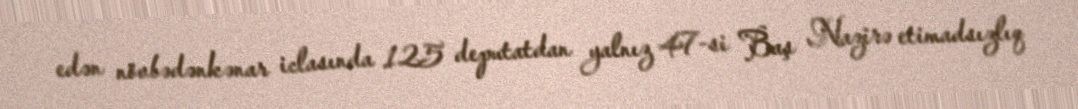
edən növbədənkənar iclasında 125 deputatdan yalnız 47-si Baş Nazirə etimadsızlıq